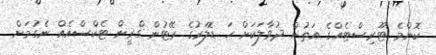
ކޮންމެ ޓޫރިސްޓެއްގެ އަތުން ދުވާލަކަށް ހަ ޑޮލަރުގެ ރޭޓުން ގްރީން ޓެކްސްއެއް ނެގުމަށް